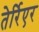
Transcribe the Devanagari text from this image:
तेर्रिएर